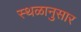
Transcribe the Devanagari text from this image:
स्थळानुसार